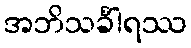
အဘိသင်္ခါရဿ